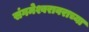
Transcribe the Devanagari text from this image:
संगमेश्वरावराच्या